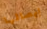
إيصالها